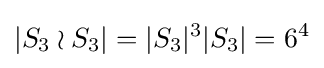
|S_{3}\wr S_{3}|=|S_{3}|^{3}|S_{3}|=6^{4}